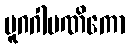
ပူဂဂါမဏိကော